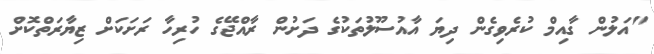
"އަލުން ގާއިމް ކުރެވިގެން ދިޔަ އާއުސޫލުތަކުގެ ދަށުން ރާއްޖޭގެ ހުރިހާ ރަށަކަށް ޒިޔާރަތްކޮށް